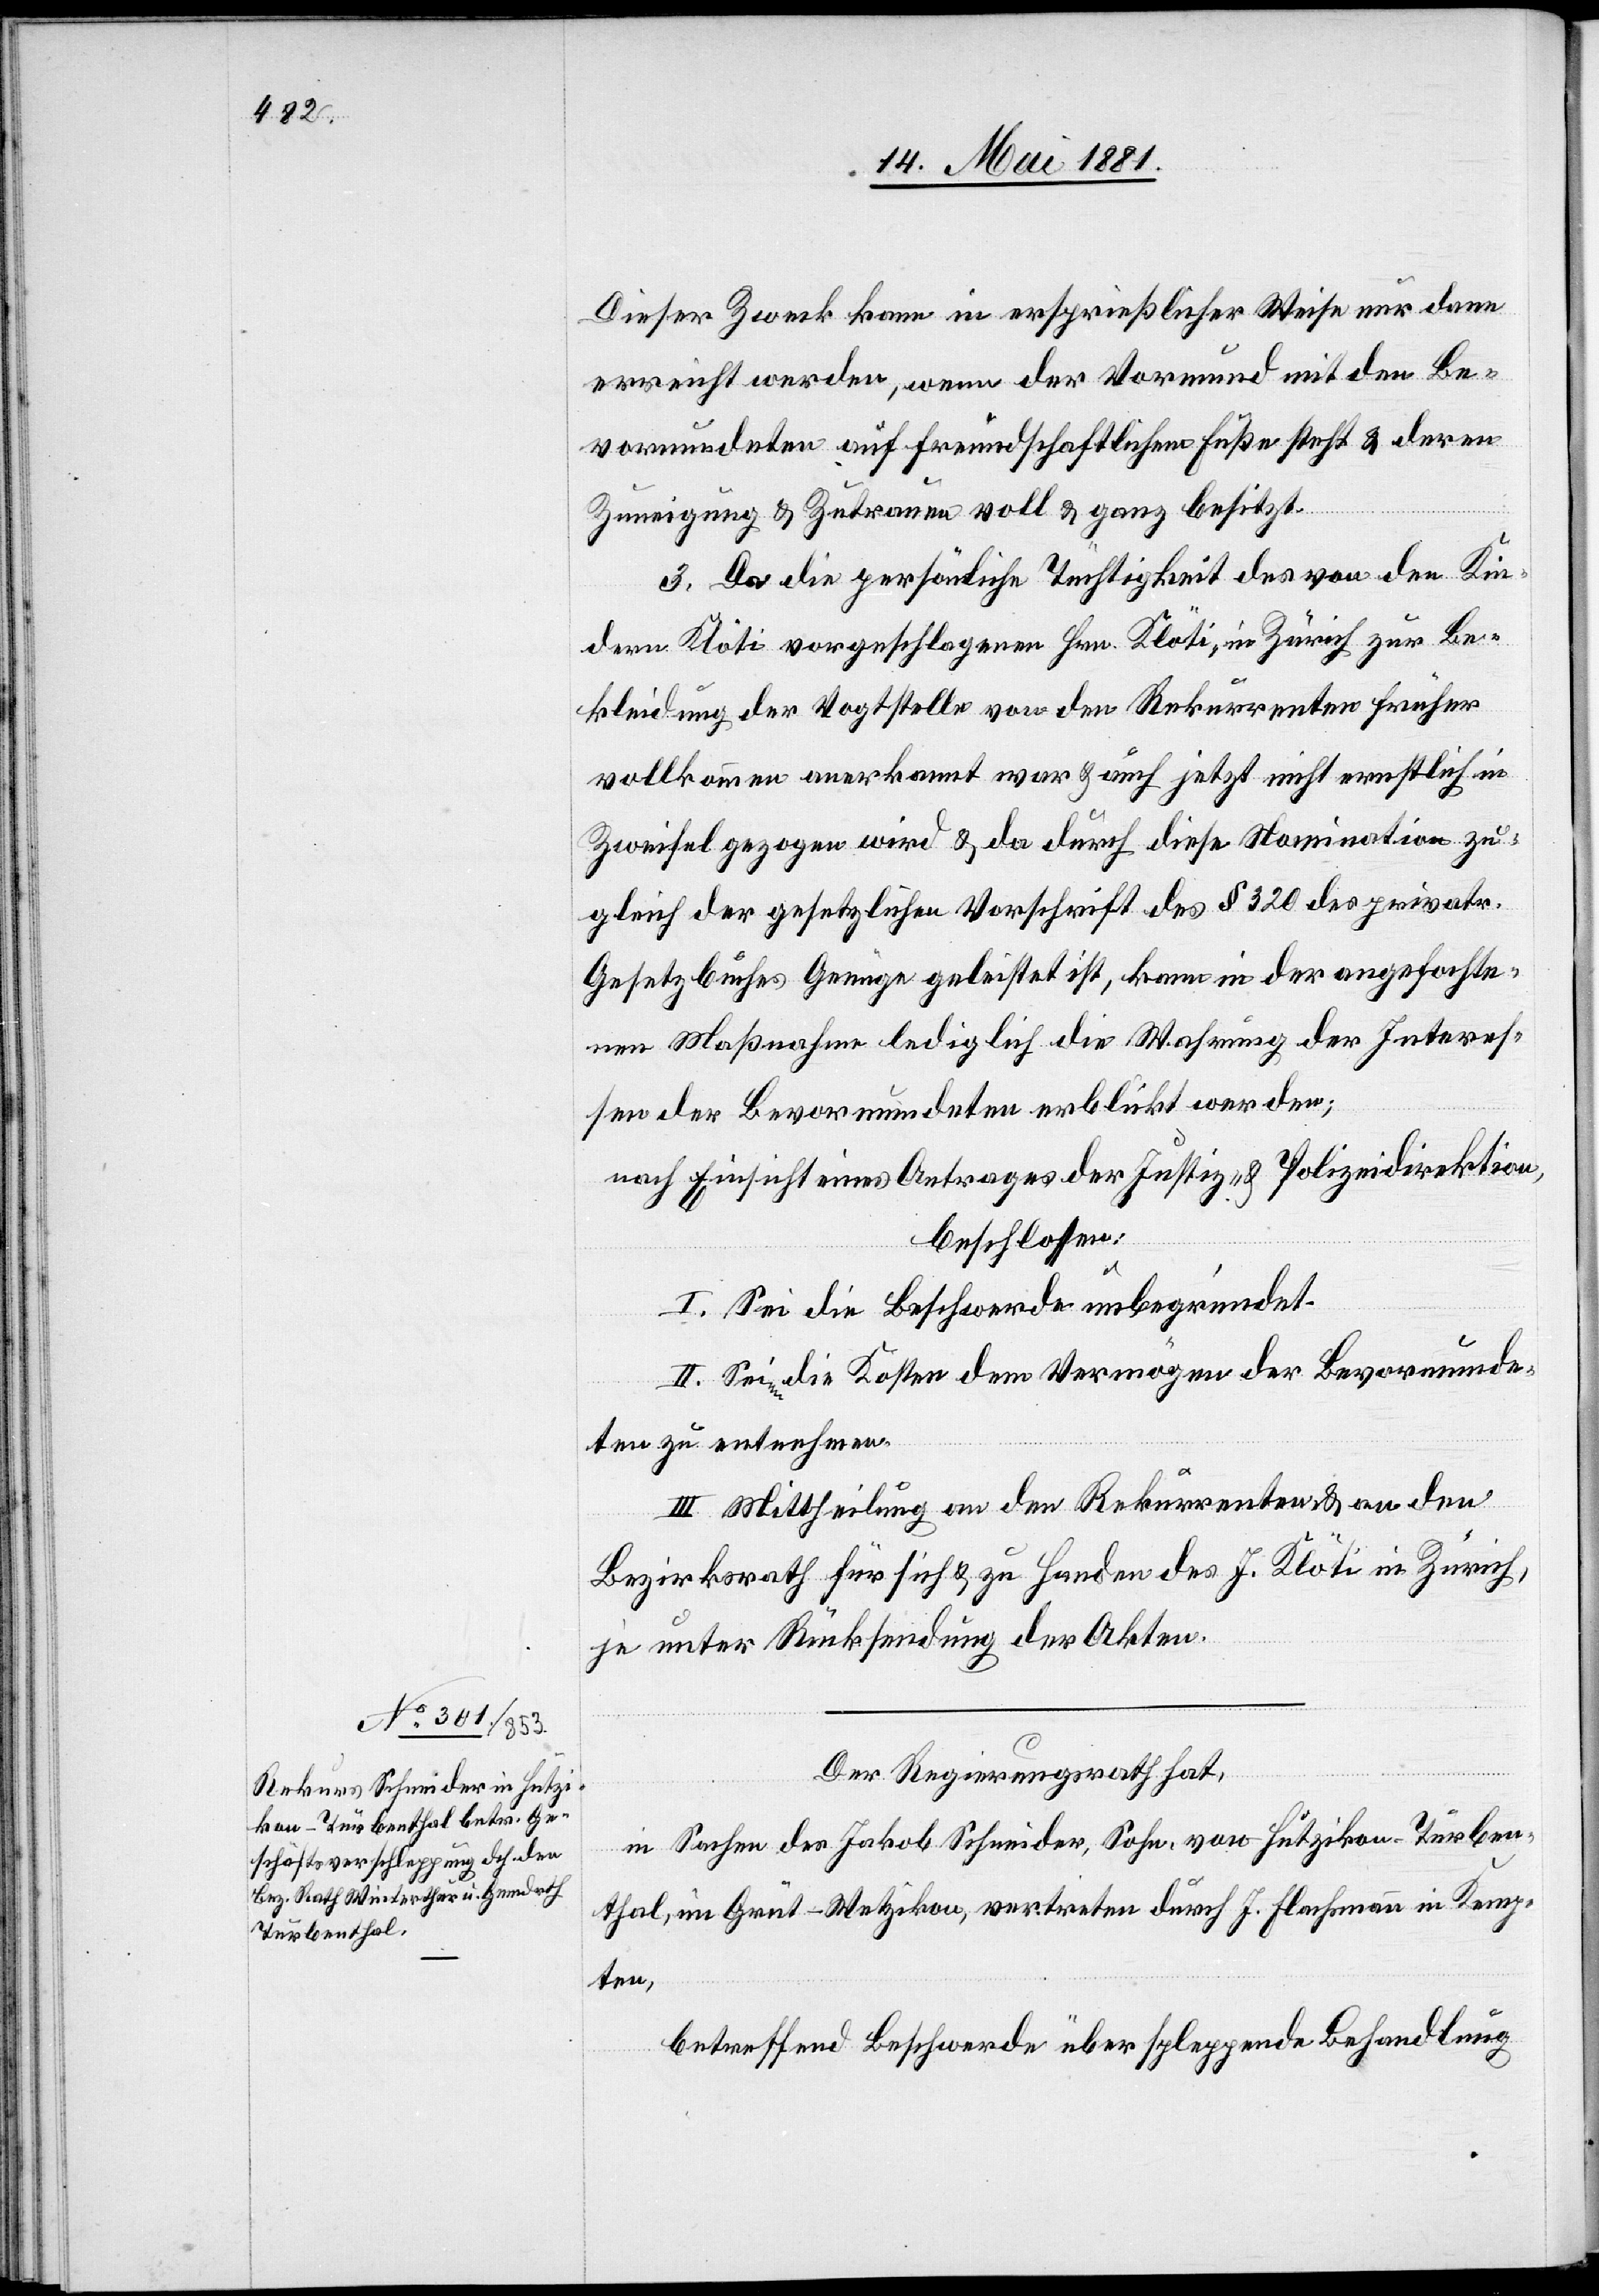
Dieser Zweck kann in ersprießlicher Weise nur dann
ersucht werden, wenn der Vormund mit den Be¬
vormundeten auf freundschaftlichen Fuße steht & deren
Zuneigung & Zutrauen voll & ganz besitzt.
3. Da die persönliche Tüchtigkeit des von den Kin¬
dern Klöti vorgeschlagenen Hrn. Klöti, in Zürich zur Be¬
kleidung der Vogtstelle von den Rekurrenten früher
vollkommen anerkannt war & auch jetzt nicht ernstlich in
Zweifel gezogen wird & da durch diese Nomination zu¬
gleich der gesetzlichen Vorschrift des § 320 des privatr.
Gesetzbuches Genüge geleistet ist, kann in der angefochte¬
nen Maßnahme lediglich die Wahrung der Interes¬
sen der Bevormundeten erblickt werden;
nach Einsicht eines Antrages der Justiz- & Polizeidirektion,
beschlossen:
I. Sei die Beschwerde unbegründet.
II. Seien die Kosten dem Vermögen der Bevormunde¬
ten zu enteehren
III. Mittheilung an den Rekurrenten & an den
Bezirksrath für sich & zu Handen des J. Klöti in Zürich,
je unter Rücksendung der Akten.
Der Regierungsrath,
in Sachen des Jakob Schneider, Sohn, von Hutzikon - Turben¬
thal, in Grüt - Wetzikon, vertreten durch J. Flachsmann in Kemp¬
ten,
betreffend Beschwerde über schleppende Behandlung